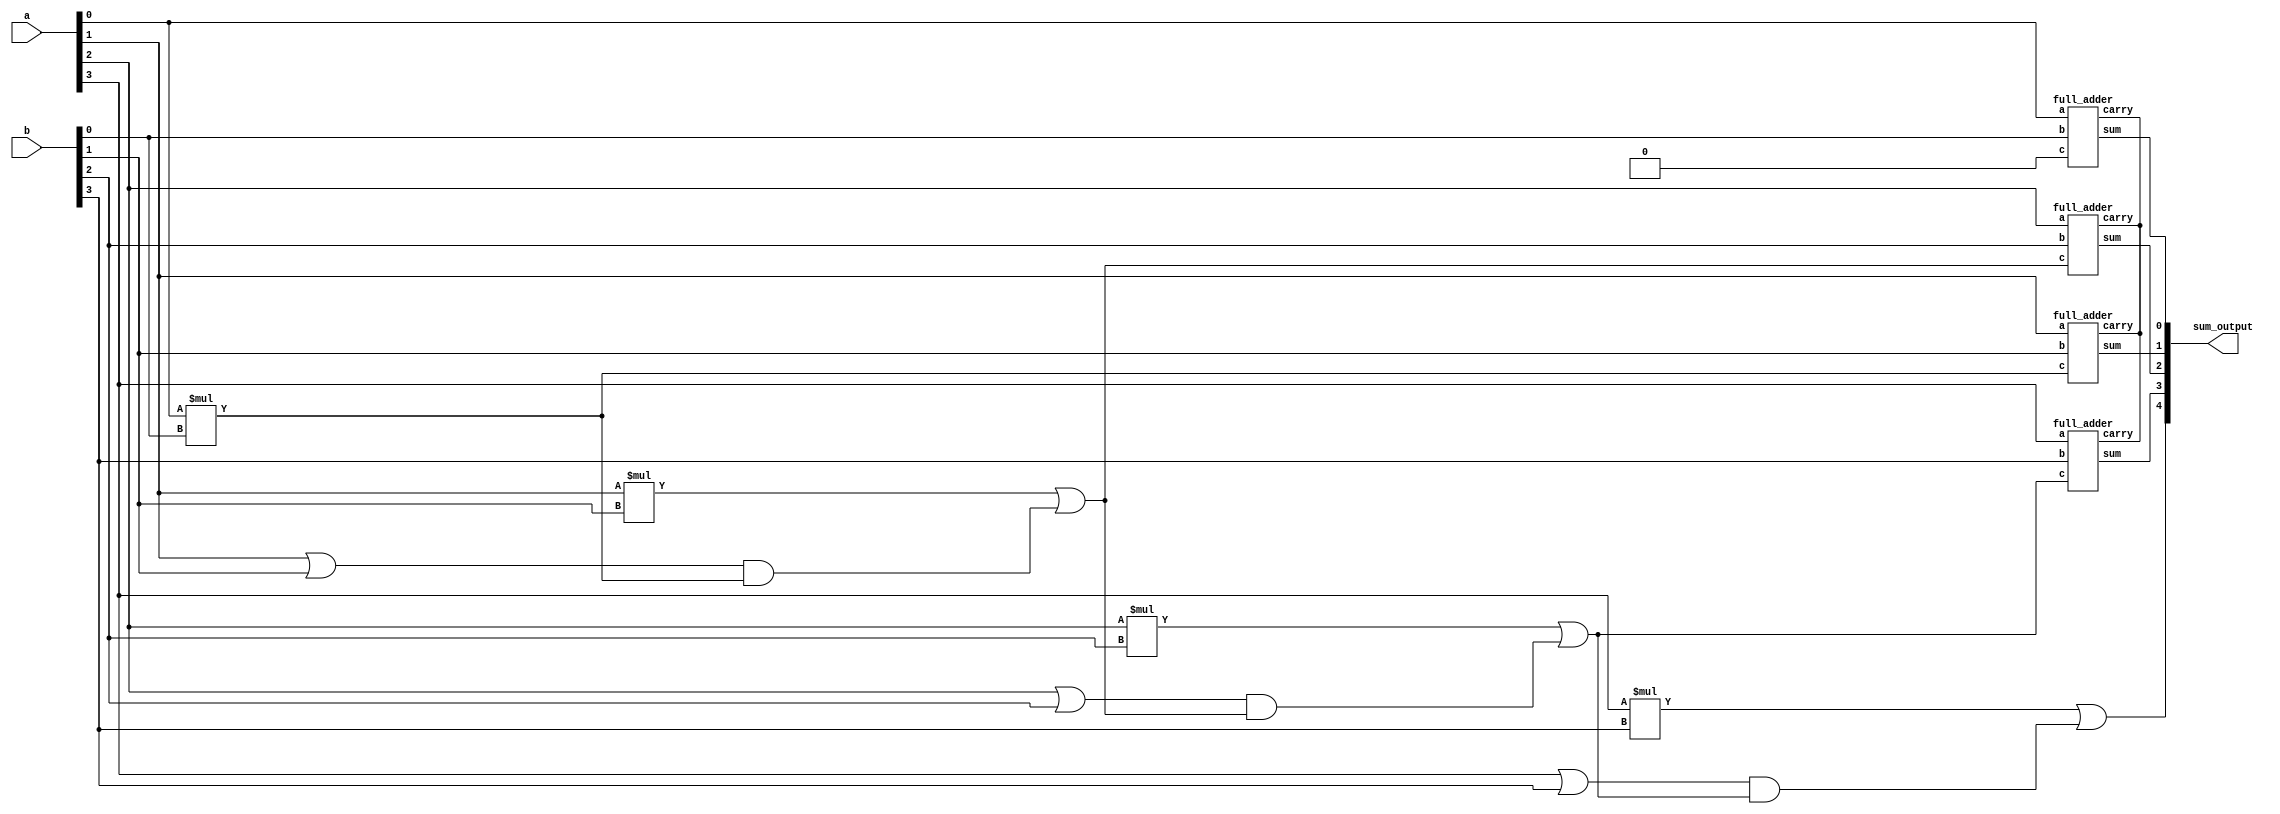
`timescale 1ns / 1ps
//////////////////////////////////////////////////////////////////////////////////
// Module Name: carry_look_adder
//////////////////////////////////////////////////////////////////////////////////

module carry_look_adder(a,b,sum_output);
input [3:0]a;
input [3:0]b;
output[4:0]sum_output;
wire [3:0]sum;
wire [4:0]carry;
wire [3:0]carry_generator;
wire [3:0]carry_propagation;
full_adder dut0(.a(a[0]),.b(b[0]),.c(carry[0]),.sum(sum[0]),.carry());
full_adder dut1(.a(a[1]),.b(b[1]),.c(carry[1]),.sum(sum[1]),.carry());
full_adder dut2(.a(a[2]),.b(b[2]),.c(carry[2]),.sum(sum[2]),.carry());
full_adder dut3(.a(a[3]),.b(b[3]),.c(carry[3]),.sum(sum[3]),.carry());


assign carry_generator[0]=a[0]*b[0];
assign carry_generator[1]=a[1]*b[1];
assign carry_generator[2]=a[2]*b[2];
assign carry_generator[3]=a[3]*b[3];

assign carry_propagation[0]=a[0] | b[0];
assign carry_propagation[1]=a[1] | b[1];
assign carry_propagation[2]=a[2] | b[2];
assign carry_propagation[3]=a[3] | b[3];

assign carry[0]=1'b0;
assign carry[1]=carry_generator[0] | (carry_propagation[0]&carry[0]);
assign carry[2]=carry_generator[1] | (carry_propagation[1]&carry[1]);
assign carry[3]=carry_generator[2] | (carry_propagation[2]&carry[2]);
assign carry[4]=carry_generator[3] | (carry_propagation[3]&carry[3]);
assign sum_output={carry[4],sum};
endmodule
module full_adder(a,b,c,carry,sum);
input a,b,c;
output carry,sum;
assign sum=a^b^c;
assign carry=(a&b)|(b&c)|(c&a);
endmodule